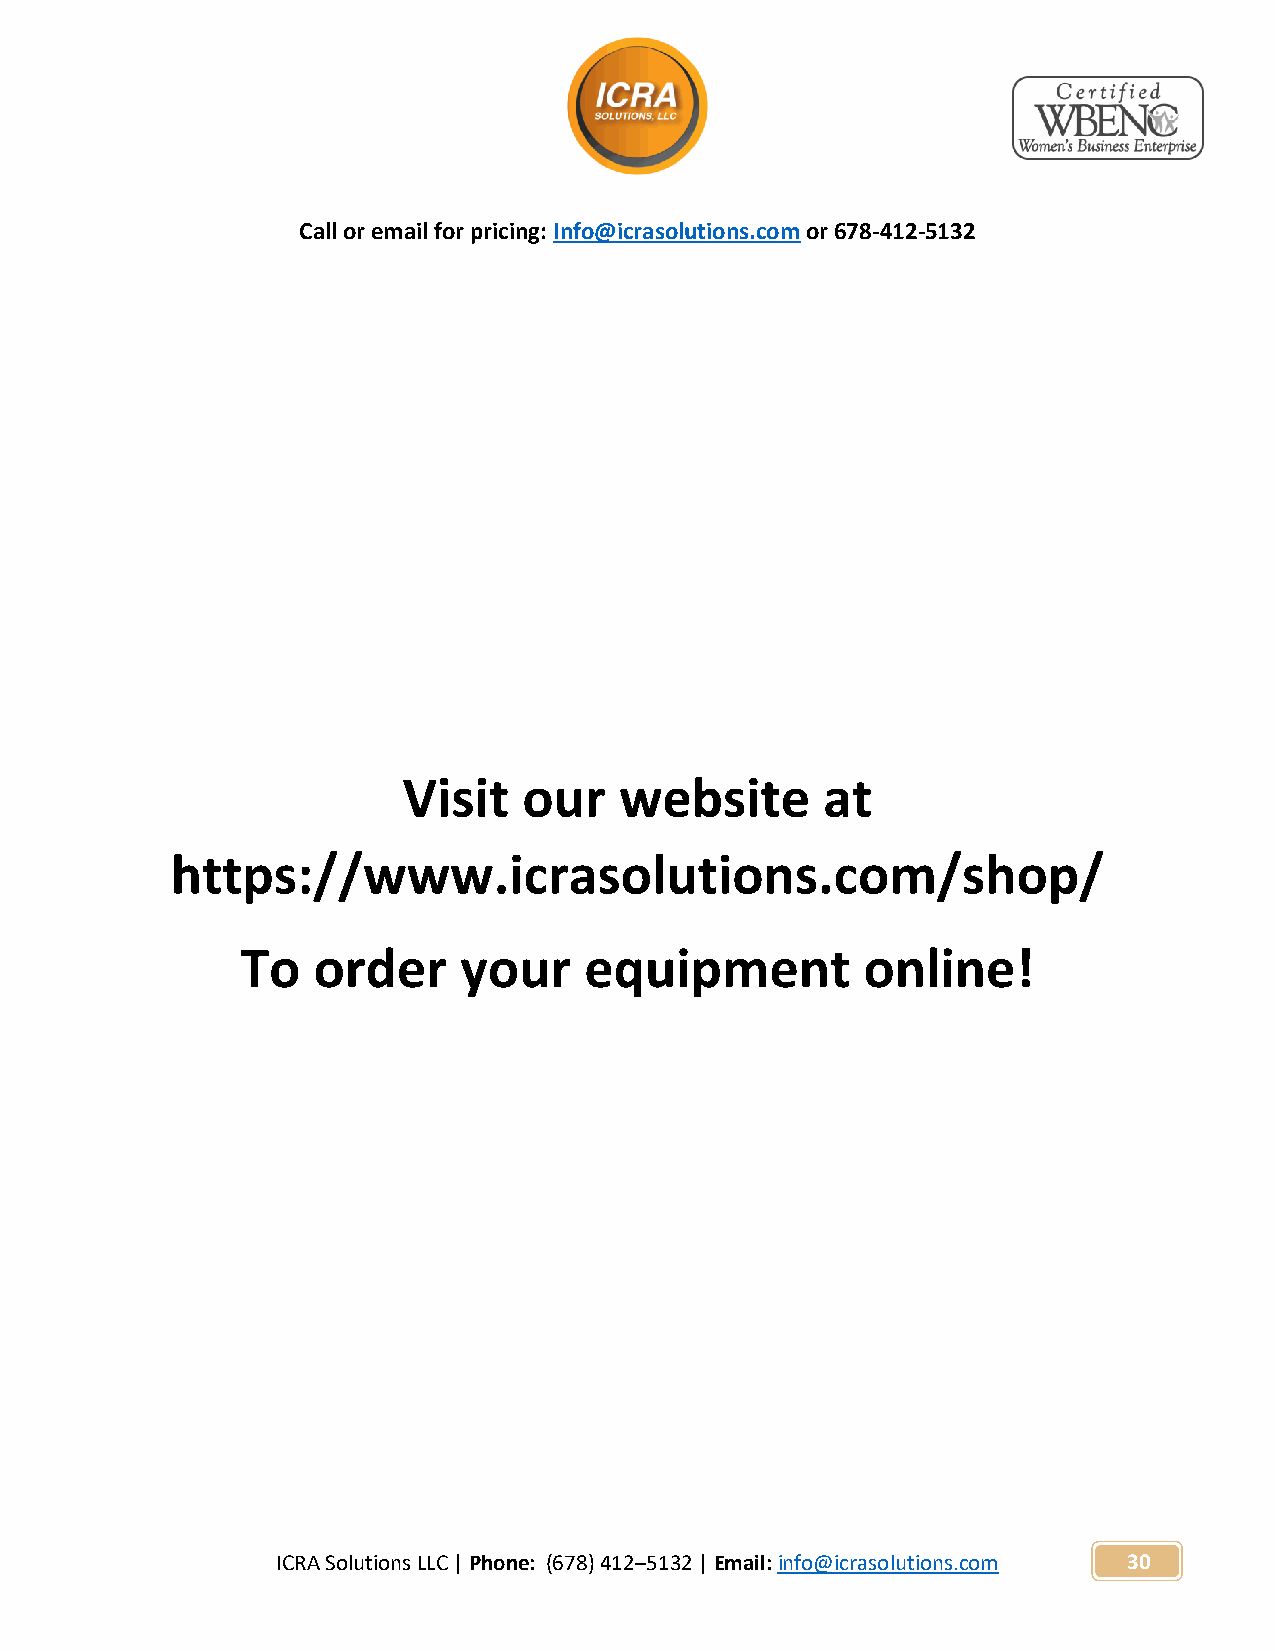
Call or email for pricing: Info@icrasolutions.com or 678-412-5132
 Visit   our   website       at
 https://www.icrasolutions.com/shop/
 To   order    your     equipment         online!
 ICRA Solutions LLC | Phone: (678) 412–5132 | Email: info@icrasolutions.com 30